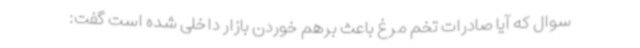
سوال که آیا صادرات تخم مرغ باعث برهم خوردن بازار داخلی شده است گفت: